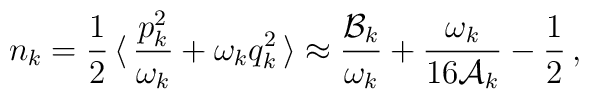
n_{k} = \frac{1}{2}\, \langle \,\frac{p_{k}^{2}}{\omega _{k}} +\omega _{k}q_{k}^{2}\, \rangle \approx  \frac{{\cal B}_{k}}{\omega _{k}} + \frac{\omega _{k}}{16{\cal A}_{k}} - \frac{1}{2} \,,